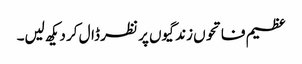
عظیم فاتحوں زندگیوں پر نظر ڈال کر دیکھ لیں۔